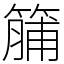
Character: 䈻